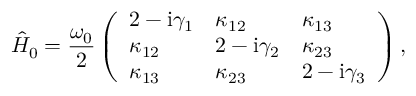
\hat { H } _ { 0 } = \frac { \omega _ { 0 } } { 2 } \left( \begin{array} { l l l } { 2 - \mathrm { i } \gamma _ { 1 } } & { \kappa _ { 1 2 } } & { \kappa _ { 1 3 } } \\ { \kappa _ { 1 2 } } & { 2 - \mathrm { i } \gamma _ { 2 } } & { \kappa _ { 2 3 } } \\ { \kappa _ { 1 3 } } & { \kappa _ { 2 3 } } & { 2 - \mathrm { i } \gamma _ { 3 } } \end{array} \right) ,